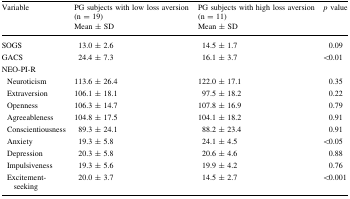
<table><thead><tr><td><b>Variable</b></td><td><b>PG subjects with low loss aversion (n = 19)Mean ± SD</b></td><td><b>PG subjects with high loss aversion (n = 11)Mean ± SD</b></td><td><b><i>p</i> value</b></td></tr></thead><tbody><tr><td>SOGS</td><td>13.0 ± 2.6</td><td>14.5 ± 1.7</td><td>0.09</td></tr><tr><td>GACS</td><td>24.4 ± 7.3</td><td>16.1 ± 3.7</td><td>&lt;0.01</td></tr><tr><td>NEO-PI-R</td><td>[EMPTY_CELL]</td><td>[EMPTY_CELL]</td><td>[EMPTY_CELL]</td></tr><tr><td> Neuroticism</td><td>113.6 ± 26.4</td><td>122.0 ± 17.1</td><td>0.35</td></tr><tr><td> Extraversion</td><td>106.1 ± 18.1</td><td>97.5 ± 18.2</td><td>0.22</td></tr><tr><td> Openness</td><td>106.3 ± 14.7</td><td>107.8 ± 16.9</td><td>0.79</td></tr><tr><td> Agreeableness</td><td>104.8 ± 17.5</td><td>104.1 ± 18.2</td><td>0.91</td></tr><tr><td> Conscientiousness</td><td>89.3 ± 24.1</td><td>88.2 ± 23.4</td><td>0.91</td></tr><tr><td> Anxiety</td><td>19.3 ± 5.8</td><td>24.1 ± 4.5</td><td>&lt;0.05</td></tr><tr><td> Depression</td><td>20.3 ± 5.8</td><td>20.6 ± 4.6</td><td>0.88</td></tr><tr><td> Impulsiveness</td><td>19.3 ± 5.6</td><td>19.9 ± 4.2</td><td>0.76</td></tr><tr><td> Excitement-seeking</td><td>20.0 ± 3.7</td><td>14.5 ± 2.7</td><td>&lt;0.001</td></tr></tbody></table>